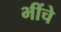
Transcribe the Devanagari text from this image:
भींचे